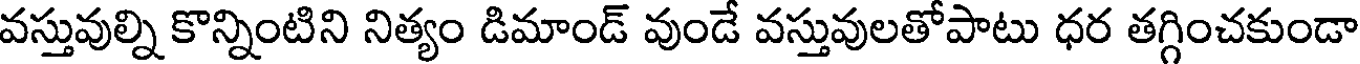
వస్తువుల్ని కొన్నింటిని నిత్యం డిమాండ్ వుండే వస్తువులతోపాటు ధర తగ్గించకుండా